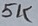
Text: 5K